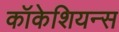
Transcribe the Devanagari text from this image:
कॉकेशियन्स